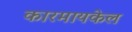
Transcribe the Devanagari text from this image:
कारमायकेल